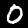
Label: 0